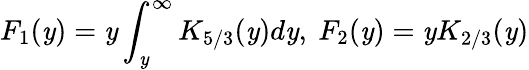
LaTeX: F_{1}(\mathit{y})=\mathit{y}\int_{\mathit{y}}^{\infty}K_{5/3}(\mathit{y})d\mathit{y},\ F_{2}(\mathit{y})=\mathit{y}K_{2/3}(\mathit{y})